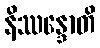
နိဿန္ဒောတိ